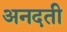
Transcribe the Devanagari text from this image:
अनदती